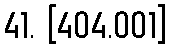
41. [404.001]